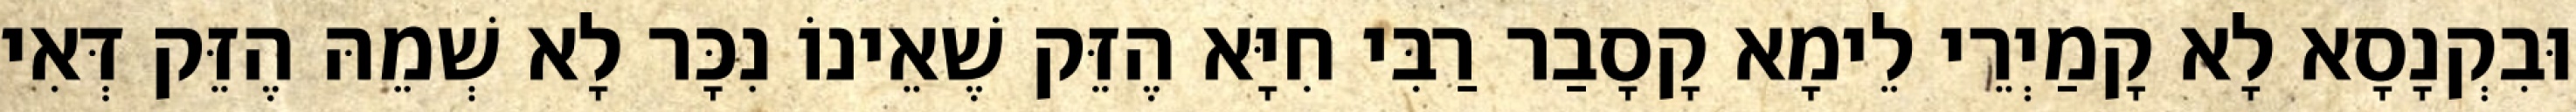
וּבִקְנָסָא לָא קָמַיְרֵי לֵימָא קָסָבַר רַבִּי חִיָּא הֶזֵּק שֶׁאֵינוֹ נִכָּר לָא שְׁמֵהּ הֶזֵּק דְּאִי